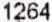
1264